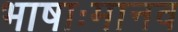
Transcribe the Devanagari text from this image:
भाषाःमानव